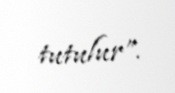
tutulur”.